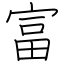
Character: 富